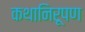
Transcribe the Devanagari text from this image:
कथानिरूपण